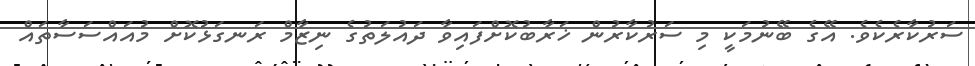
ސަރުކާރެކެވެ. އޭގެ ބޭނުމަކީ މި ސަރުކާރުން ޚަރާބުކޮށްފައިވާ ދައުލަތުގެ ނިޒާމް ރަނގަޅުކޮށް މުއައްސަސާތައް